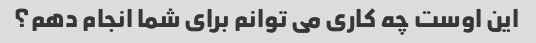
این اوست چه کاری می توانم برای شما انجام دهم؟